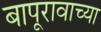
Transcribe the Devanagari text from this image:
बापूरावाच्या